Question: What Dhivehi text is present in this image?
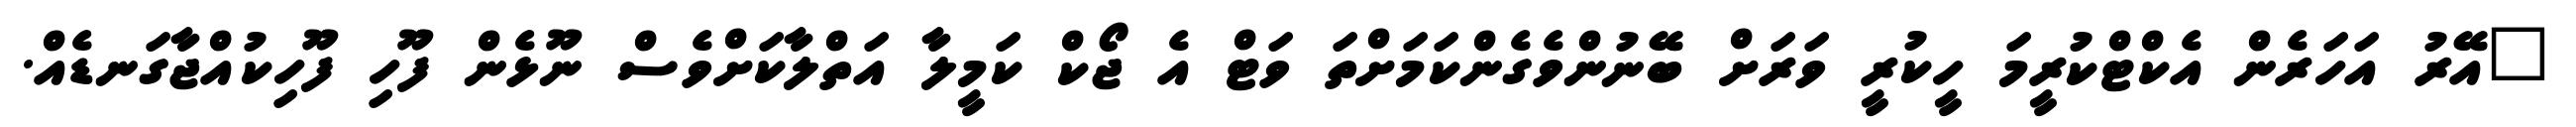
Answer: "އޭރު އަހަރެން އެކްޓްކުރީމަ ހީކުރީ ވަރަށް ބޭނުންވެގެންކަމަށްތަ ވަޓް އެ ޖޯކް ކަމީލާ އަތްލާކަށްވެސް ނޫޅެން ފޫހި ފޫހިކުއްޖާގަނޑެއް.